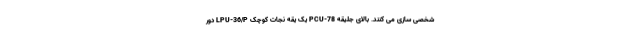
شخصی سازی می کنند. بالای جلیقه PCU-78 یک یقه نجات کوچک LPU-36/P دور